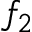
f _ { 2 }